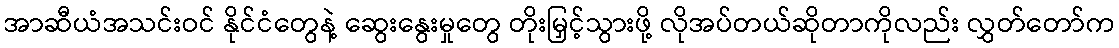
အာဆီယံအသင်းဝင် နိုင်ငံတွေနဲ့ ဆွေးနွေးမှုတွေ တိုးမြှင့်သွားဖို့ လိုအပ်တယ်ဆိုတာကိုလည်း လွှတ်တော်က